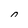
Character: 0